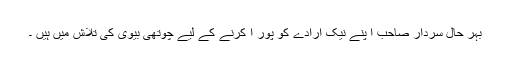
بہر حال سردار صاحب ا پنے نیک ارادے کو پور ا کرنے کے لیے چوتھی بیوی کی تلاش میں ہیں ۔